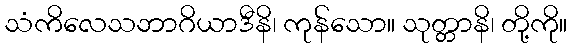
သံကိလေသဘာဂိယာဒီနိ၊ ကုန်သော။ သုတ္တာနိ၊ တို့ကို။